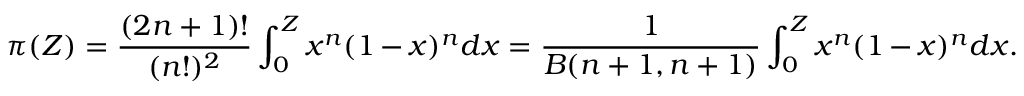
\pi ( Z ) = \frac { ( 2 n + 1 ) ! } { ( n ! ) ^ { 2 } } \int _ { 0 } ^ { Z } x ^ { n } ( 1 - x ) ^ { n } d x = \frac { 1 } { B ( n + 1 , n + 1 ) } \int _ { 0 } ^ { Z } x ^ { n } ( 1 - x ) ^ { n } d x .